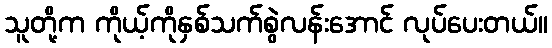
သူတို့က ကိုယ့်ကိုနှစ်သက်စွဲလန်းအောင် လုပ်ပေးတယ်။